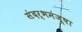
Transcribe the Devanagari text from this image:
संदर्भमंजूषा